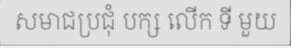
សមាជប្រជុំ បក្ស លើក ទី មួយ